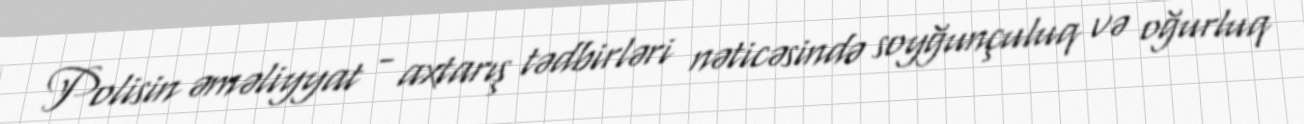
Polisin əməliyyat - axtarış tədbirləri nəticəsində soyğunçuluq və oğurluq